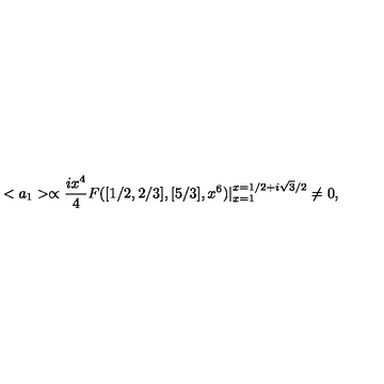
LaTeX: < a _ { 1 } > \propto \frac { i x ^ { 4 } } { 4 } F ( [ 1 / 2 , 2 / 3 ] , [ 5 / 3 ] , x ^ { 6 } ) | _ { x = 1 } ^ { x = 1 / 2 + i \sqrt { 3 } / 2 } \neq 0 ,